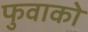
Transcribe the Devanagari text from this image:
फुवाको